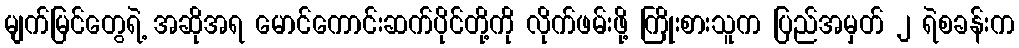
မျက်မြင်တွေရဲ့ အဆိုအရ မောင်ကောင်းဆက်ပိုင်တို့ကို လိုက်ဖမ်းဖို့ ကြိုးစားသူက ပြည်အမှတ် ၂ ရဲစခန်းက